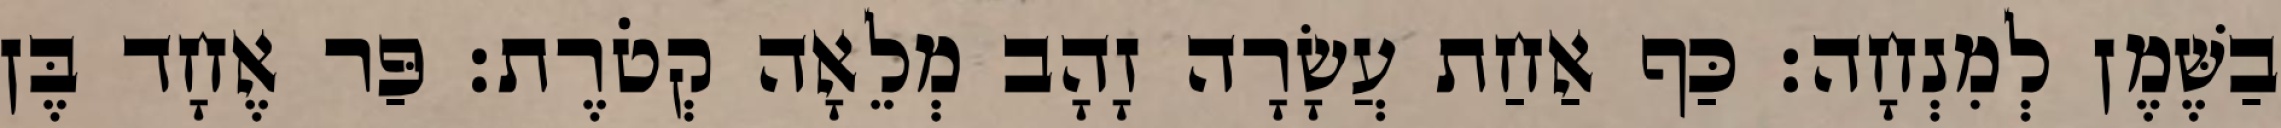
בַשֶּׁמֶן לְמִנְחָה׃ כַּף אַחַת עֲשָׂרָה זָהָב מְלֵאָה קְטֹרֶת׃ פַּר אֶחָד בֶּן